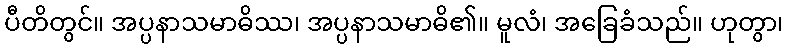
ပီတိတွင်။ အပ္ပနာသမာဓိဿ၊ အပ္ပနာသမာဓိ၏။ မူလံ၊ အခြေခံသည်။ ဟုတွာ၊